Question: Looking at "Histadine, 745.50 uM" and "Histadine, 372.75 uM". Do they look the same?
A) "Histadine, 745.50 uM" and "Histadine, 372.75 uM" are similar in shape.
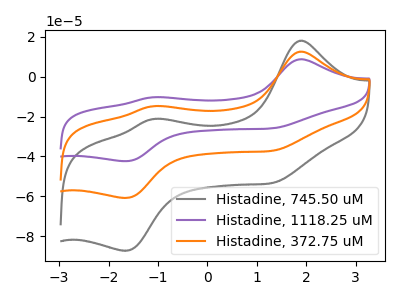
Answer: <think>The gray curve "Histadine, 745.50 uM" has anodic peaks at (1.85V, 18.10uA) (-1.10V, -21.20uA) and cathodic peaks at (1.35V, -53.20uA) (-1.65V, -87.40uA). The purple curve "Histadine, 1118.25 uM" has anodic peaks at (1.85V, 25.25uA) (-1.10V, -29.55uA) and cathodic peaks at (1.35V, -74.10uA) (-1.65V, -121.75uA). The orange curve "Histadine, 372.75 uM" has anodic peaks at (1.85V, 12.60uA) (-1.10V, -14.75uA) and cathodic peaks at (1.35V, -37.05uA) (-1.65V, -60.90uA).
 All the peaks in "Histadine, 745.50 uM" have a peak in "Histadine, 372.75 uM" at the same potential.</think>
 <answer>A) "Histadine, 745.50 uM" and "Histadine, 372.75 uM" are similar in shape.</answer>
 <eval>A</eval>